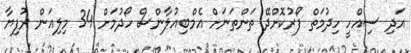
އަދި ސިއްހީ ހިދުމަތް ފޯރުކޮށްދޭ ތަންތަނަށް އެމްބިއުލާންސް ހޯދުމަށް 34 މިލިއަން ރުފިޔާ